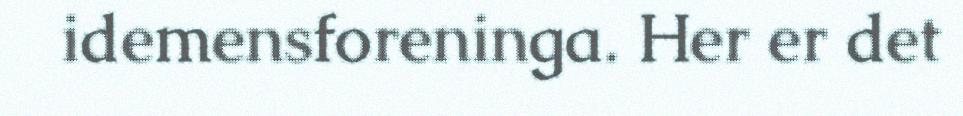
idemensforeninga. Her er det